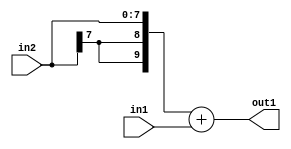
`timescale 1ps / 1ps
/*****************************************************************************
    Verilog RTL Description
    
    
    Created by: Stratus DpOpt 2019.1.01 
*******************************************************************************/

module fix2float_Add_8Sx8U_10S_4_1 (
	in2,
	in1,
	out1
	); /* architecture "behavioural" */ 
input [7:0] in2,
	in1;
output [9:0] out1;
wire [9:0] asc001;

assign asc001 = 
	+({{2{in2[7]}}, in2})
	+(in1);

assign out1 = asc001;
endmodule

/* CADENCE  urj0Qgw= : u9/ySgnWtBlWxVPRXgAZ4Og= ** DO NOT EDIT THIS LINE ******/